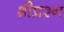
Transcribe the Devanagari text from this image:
श्रीप्रश्न